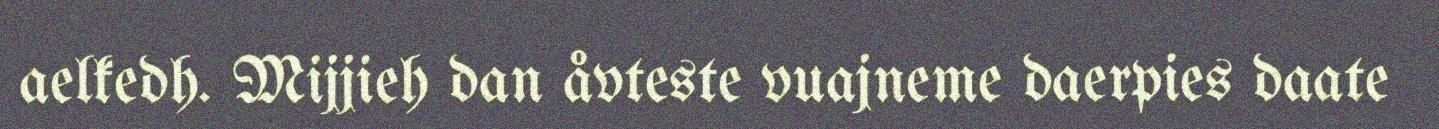
aelkedh. Mijjieh dan åvteste vuajneme daerpies daate